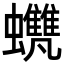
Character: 𧕺